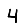
Digit: 4